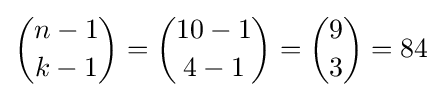
{\binom {n-1}{k-1}}={\binom {10-1}{4-1}}={\binom {9}{3}}=84